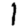
Digit: 1